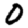
Digit: 0